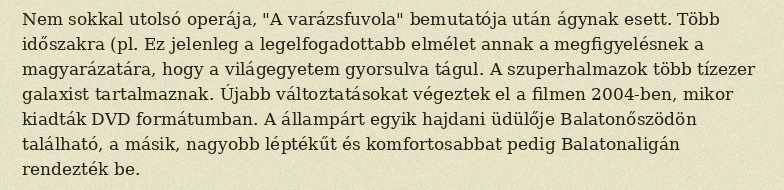
Nem sokkal utolsó operája, "A varázsfuvola" bemutatója után ágynak esett. Több időszakra (pl. Ez jelenleg a legelfogadottabb elmélet annak a megfigyelésnek a magyarázatára, hogy a világegyetem gyorsulva tágul. A szuperhalmazok több tízezer galaxist tartalmaznak. Újabb változtatásokat végeztek el a filmen 2004-ben, mikor kiadták DVD formátumban. A állampárt egyik hajdani üdülője Balatonőszödön található, a másik, nagyobb léptékűt és komfortosabbat pedig Balatonaligán rendezték be.